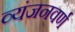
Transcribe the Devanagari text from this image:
व्यंजनवर्ण